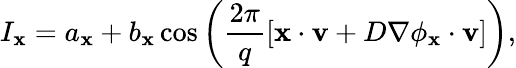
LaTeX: I_{\mathbf{x}}=a_{\mathbf{x}}+b_{\mathbf{x}}\cos\left(\frac{2\pi}{q}\left[\mathbf{x}\cdot\mathbf{v}+D\nabla\phi_{\mathbf{x}}\cdot\mathbf{v}\right]\right),